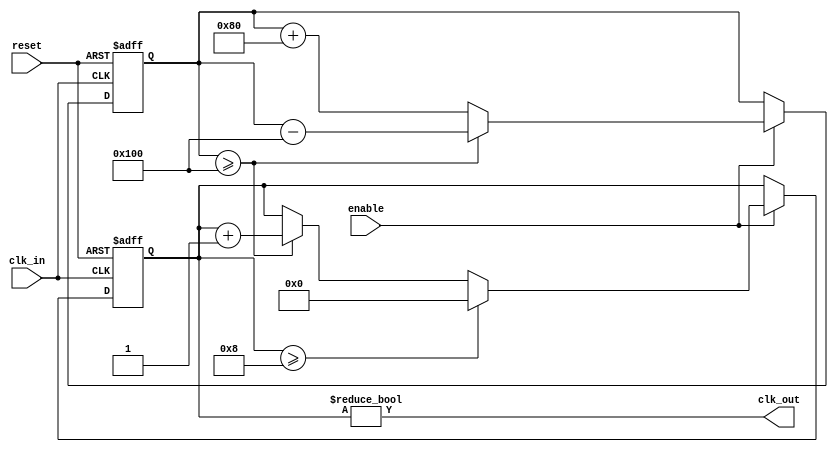
module fractional_clock_divider(
    input wire clk_in,
    input wire enable,
    input wire reset,
    output reg clk_out
);

reg [7:0] counter;
reg [31:0] accumulated_count;

always @(posedge clk_in or posedge reset) begin
    if(reset) begin
        counter <= 8'b0;
        accumulated_count <= 32'b0;
    end else if(enable) begin
        accumulated_count <= accumulated_count + 32'b10000000; // Accumulate to divide by 1.5
        if(accumulated_count >= 32'b100000000) begin
            accumulated_count <= accumulated_count - 32'b100000000;
            counter <= counter + 1;
        end
        if(counter >= 8) begin
            counter <= 8'b0;
        end
    end
end

assign clk_out = counter != 0;

endmodule